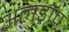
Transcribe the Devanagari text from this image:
अलड्रॉप